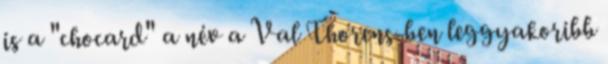
is a "chocard" a név a Val Thorens-ben leggyakoribb